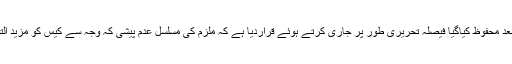
عدالت نے دلائل سننے کے بعد محفوظ کیاگیا فیصلہ تحریری طور پر جاری کرتے ہوئے قراردیا ہے کہ ملزم کی مسلسل عدم پیشی کہ وجہ سے کیس کو مزید التوا کا شکار نہیں کیا جا سکتا۔